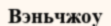
Вэньчжоу